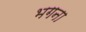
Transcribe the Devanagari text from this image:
भगना